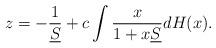
LaTeX: \begin{align*}z=-\frac{1}{{\underline{S}}}+c\int\frac{x}{1+x{\underline{S}}}dH(x).\end{align*}